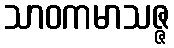
သာဝကမာသဇ္ဇ